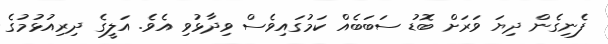
ފެނިގެން ދިޔަ ވަަރަށް ބޮޑު ސަބަބެއް ކަމުގައިވެސް ވިދާޅުވި އެވެ. އަލީގެ ދިރިއުޅުމުގެ